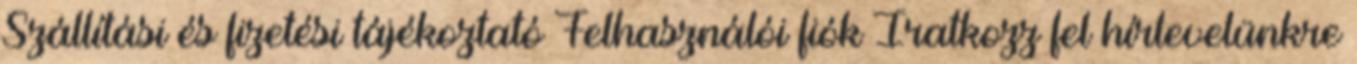
Szállítási és fizetési tájékoztató Felhasználói fiók Iratkozz fel hírlevelünkre